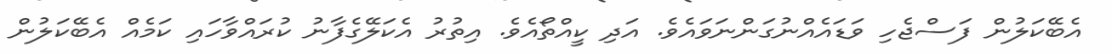
އެބޭކަލުން ފަސްޖެހި ވަޑައެއްނުގަންނަވައެވެ. އަދި ކީއްތޯއެވެ. އިތުރު އެކަލޭގެފާނު ކުރައްވާހައި ކަމެއް އެބޭކަލުން